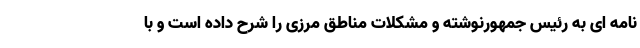
نامه ای به رئیس جمهورنوشته و مشکلات مناطق مرزی را شرح داده است و با